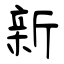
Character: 新